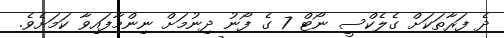
ދެ ފަރާތަކަށް ގެލެކްސީ ނޯޓް 7 ގެ ފޯނު ދިނުމަށް ނިންމާފައިވާ ކަމަށެވެ.